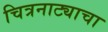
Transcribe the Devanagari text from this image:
चित्रनाट्याचा